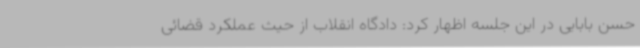
حسن بابایی در این جلسه اظهار کرد: دادگاه انقلاب از حیث عملکرد قضائی